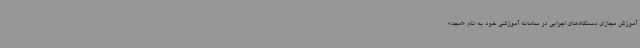
آموزش مجازی دستگاه‌های اجرایی در سامانه آموزشی خود به نام «امجد»